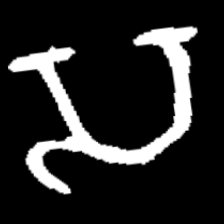
Pyu character \u2014 Myanmar letter: သ (romanized: sa)